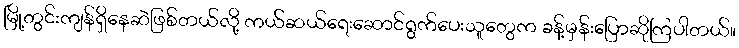
မြို့တွင်းကျန်ရှိနေဆဲဖြစ်တယ်လို့ ကယ်ဆယ်ရေးဆောင်ရွက်ပေးသူတွေက ခန့်မှန်းပြောဆိုကြပါတယ်။